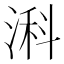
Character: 𬈎